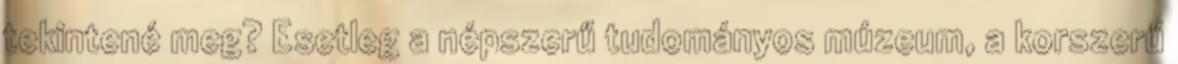
tekintené meg? Esetleg a népszerű tudományos múzeum, a korszerű